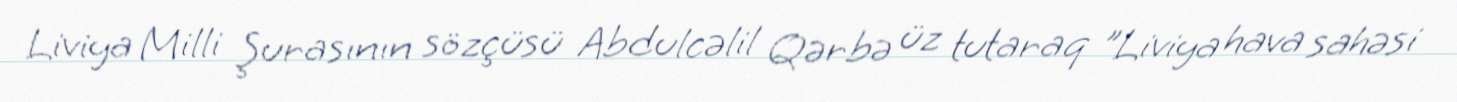
Liviya Milli Şurasının sözçüsü Abdulcəlil Qərbə üz tutaraq "Liviya hava sahəsi